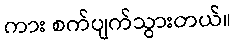
ကား စက်ပျက်သွားတယ်။